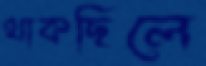
থাকছিলে